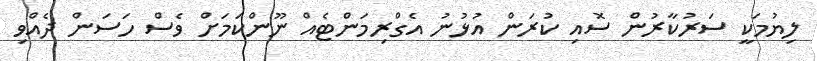
ލިޔުމަކީ ސަރުކާރުން ސޮއި ކުރަން އުޅުނު އެގްރިމަންޓެއް ނޫންކަމަށް ވެސް ހަސަން ދެއްވި